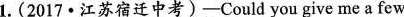
1.(2017·江苏宿迁中考) —Could you give me a few